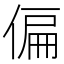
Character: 偏